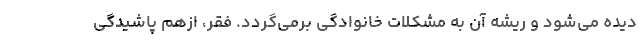
دیده می‌شود و ریشه آن به مشکلات خانوادگی برمی‌گردد. فقر، ازهم پاشیدگی